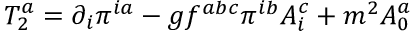
T _ { 2 } ^ { a } = \partial _ { i } \pi ^ { i a } - g f ^ { a b c } \pi ^ { i b } A _ { i } ^ { c } + m ^ { 2 } A _ { 0 } ^ { a }